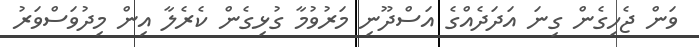
ވަން ޖެހިގެން ގިނަ އަދަދެއްގެ އަސްދޫނި މަރުވުމާ ގުޅިގެން ކެރެލާ އިން މިދުވަސްވަރު